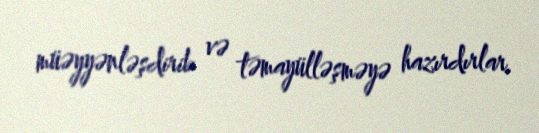
müəyyənləşdirib və təmayülləşməyə hazırdırlar.